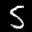
Label: 5